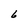
Character: 6